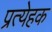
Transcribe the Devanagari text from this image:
प्रत्येहक